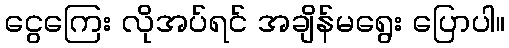
ငွေကြေး လိုအပ်ရင် အချိန်မရွေး ပြောပါ။